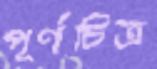
পূর্ণচিত্র